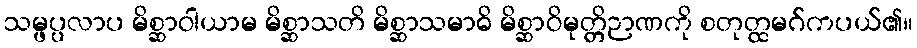
သမ္ဖပ္ပလာပ မိစ္ဆာဝါယာမ မိစ္ဆာသတိ မိစ္ဆာသမာဓိ မိစ္ဆာဝိမုတ္တိဉာဏကို စတုတ္ထမဂ်ကပယ်၏။